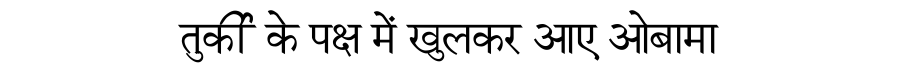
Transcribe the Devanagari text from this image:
तुर्की के पक्ष में खुलकर आए ओबामा